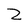
Character: Z